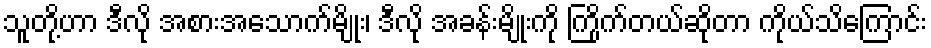
သူတို့ဟာ ဒီလို အစားအသောက်မျိုး၊ ဒီလို အခန်းမျိုးကို ကြိုက်တယ်ဆိုတာ ကိုယ်သိကြောင်း